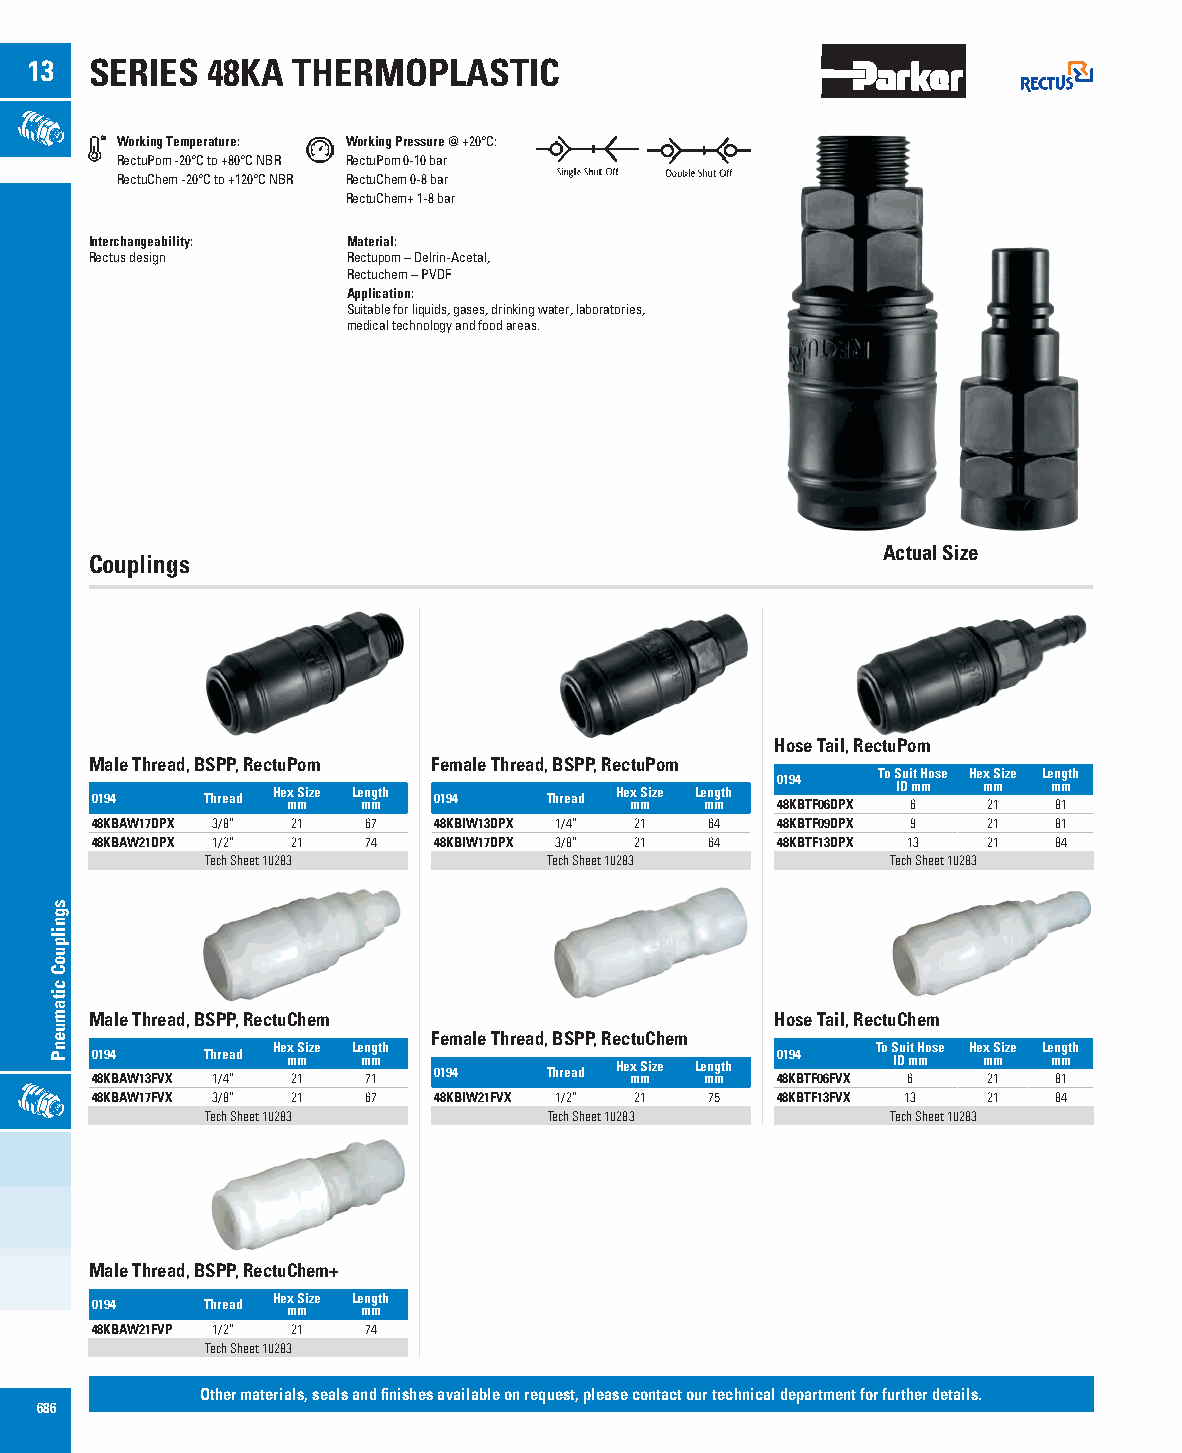
13  SERIES  48KA THERMOPLASTIC
 Working Temperature: Working Pressure @ +20°C:
 RectuPom -20°C to +80°C NBR RectuPom 0-10 bar
 RectuChem -20°C to +120°C NBR RectuChem 0-8 bar
 RectuChem+ 1-8 bar
 Interchangeability: Material:
 Rectus design    Rectupom – Delrin-Acetal,
 Rectuchem – PVDF
 Application:
 Suitable for liquids, gases, drinking water, laboratories,
 medical technology and food areas.
 Actual Size
 Couplings
 Hose Tail, RectuPom
 Male Thread, BSPP, RectuPom Female Thread, BSPP, RectuPom
 To Suit Hose Hex Size Length
 Hex Size Length        Hex Size Length 0194 ID mm mm mm
 0194   Thread mm  mm   0194   Thread mm  mm  48KBTF06DPX 6 21   81
 48KBAW17DPX 3/8” 21 67 48KBIW13DPX 1/4” 21 64 48KBTF09DPX 9 21  81
 48KBAW21DPX 1/2” 21 74 48KBIW17DPX 3/8” 21 64 48KBTF13DPX 13 21 84
 Tech Sheet 10283      Tech Sheet 10283       Tech Sheet 10283
 Male Thread, BSPP, RectuChem                 Hose Tail, RectuChem
 Female Thread, BSPP, RectuChem
 0194   Thread He mx mSize Le mn mgth
 Hex Size Length
 0194   To S IDu i mt H mose He mx mSize Le mn mgth
 48KBAW13FVX 1/4” 21 71 0194   Thread mm  mm  48KBTF06FVX 6 21   81
 48KBAW17FVX 3/8” 21 67 48KBIW21FVX 1/2” 21 75 48KBTF13FVX 13 21 84
 Tech Sheet 10283      Tech Sheet 10283       Tech Sheet 10283
 Male Thread, BSPP, RectuChem+
 Hex Size Length
 0194   Thread mm  mm
 48KBAW21FVP 1/2” 21 74
 Tech Sheet 10283
 Other materials, seals and finishes available on request, please contact our technical department for further details.
 686
 sgnilpuoC
 citamuenP